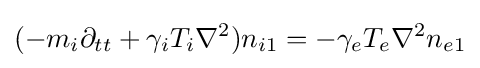
(-m_{i}\partial _{tt}+\gamma _{i}T_{i}\nabla ^{2})n_{i1}=-\gamma _{e}T_{e}\nabla ^{2}n_{e1}